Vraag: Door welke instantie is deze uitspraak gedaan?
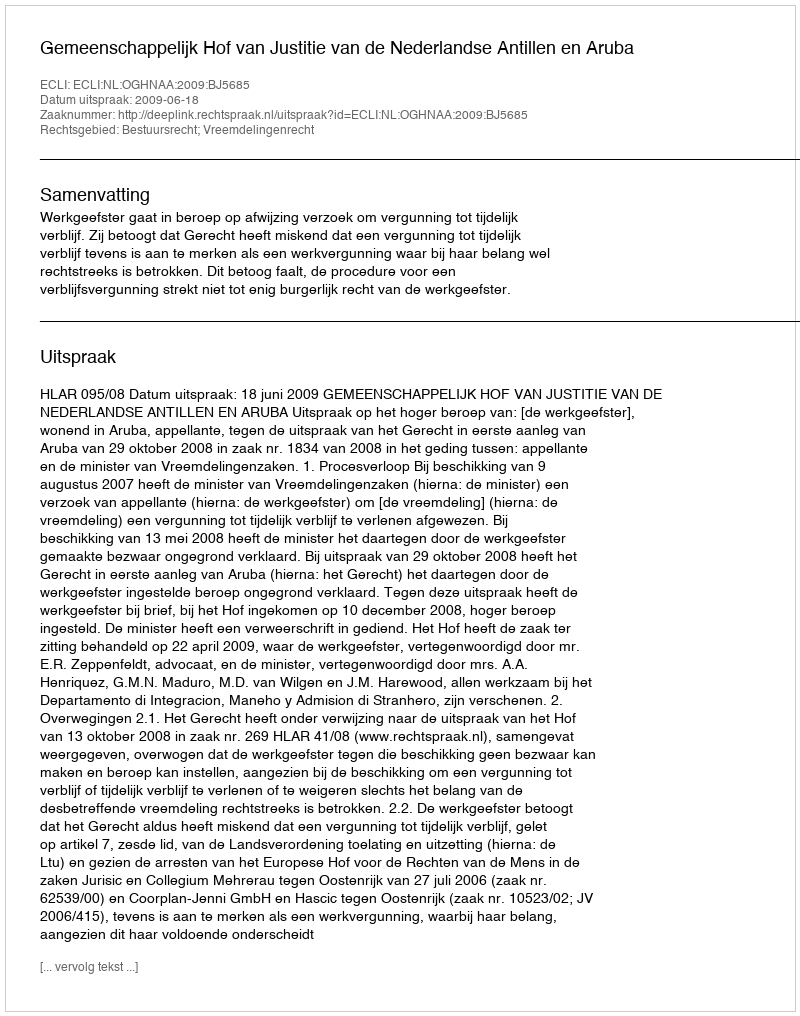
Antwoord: Gemeenschappelijk Hof van Justitie van de Nederlandse Antillen en Aruba